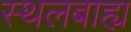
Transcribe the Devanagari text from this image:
स्थलबाह्य